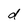
Character: d